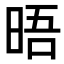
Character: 晤